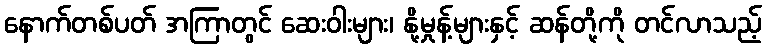
နောက်တစ်ပတ် အကြာတွင် ဆေးဝါးများ၊ နို့မှုန့်များနှင့် ဆန်တို့ကို တင်လာသည့်